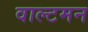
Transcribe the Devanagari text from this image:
वाल्टमन